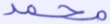
محمد